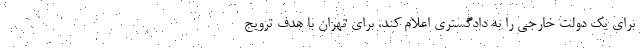
برای یک دولت خارجی را به دادگستری اعلام کند، برای تهران با هدف ترویج